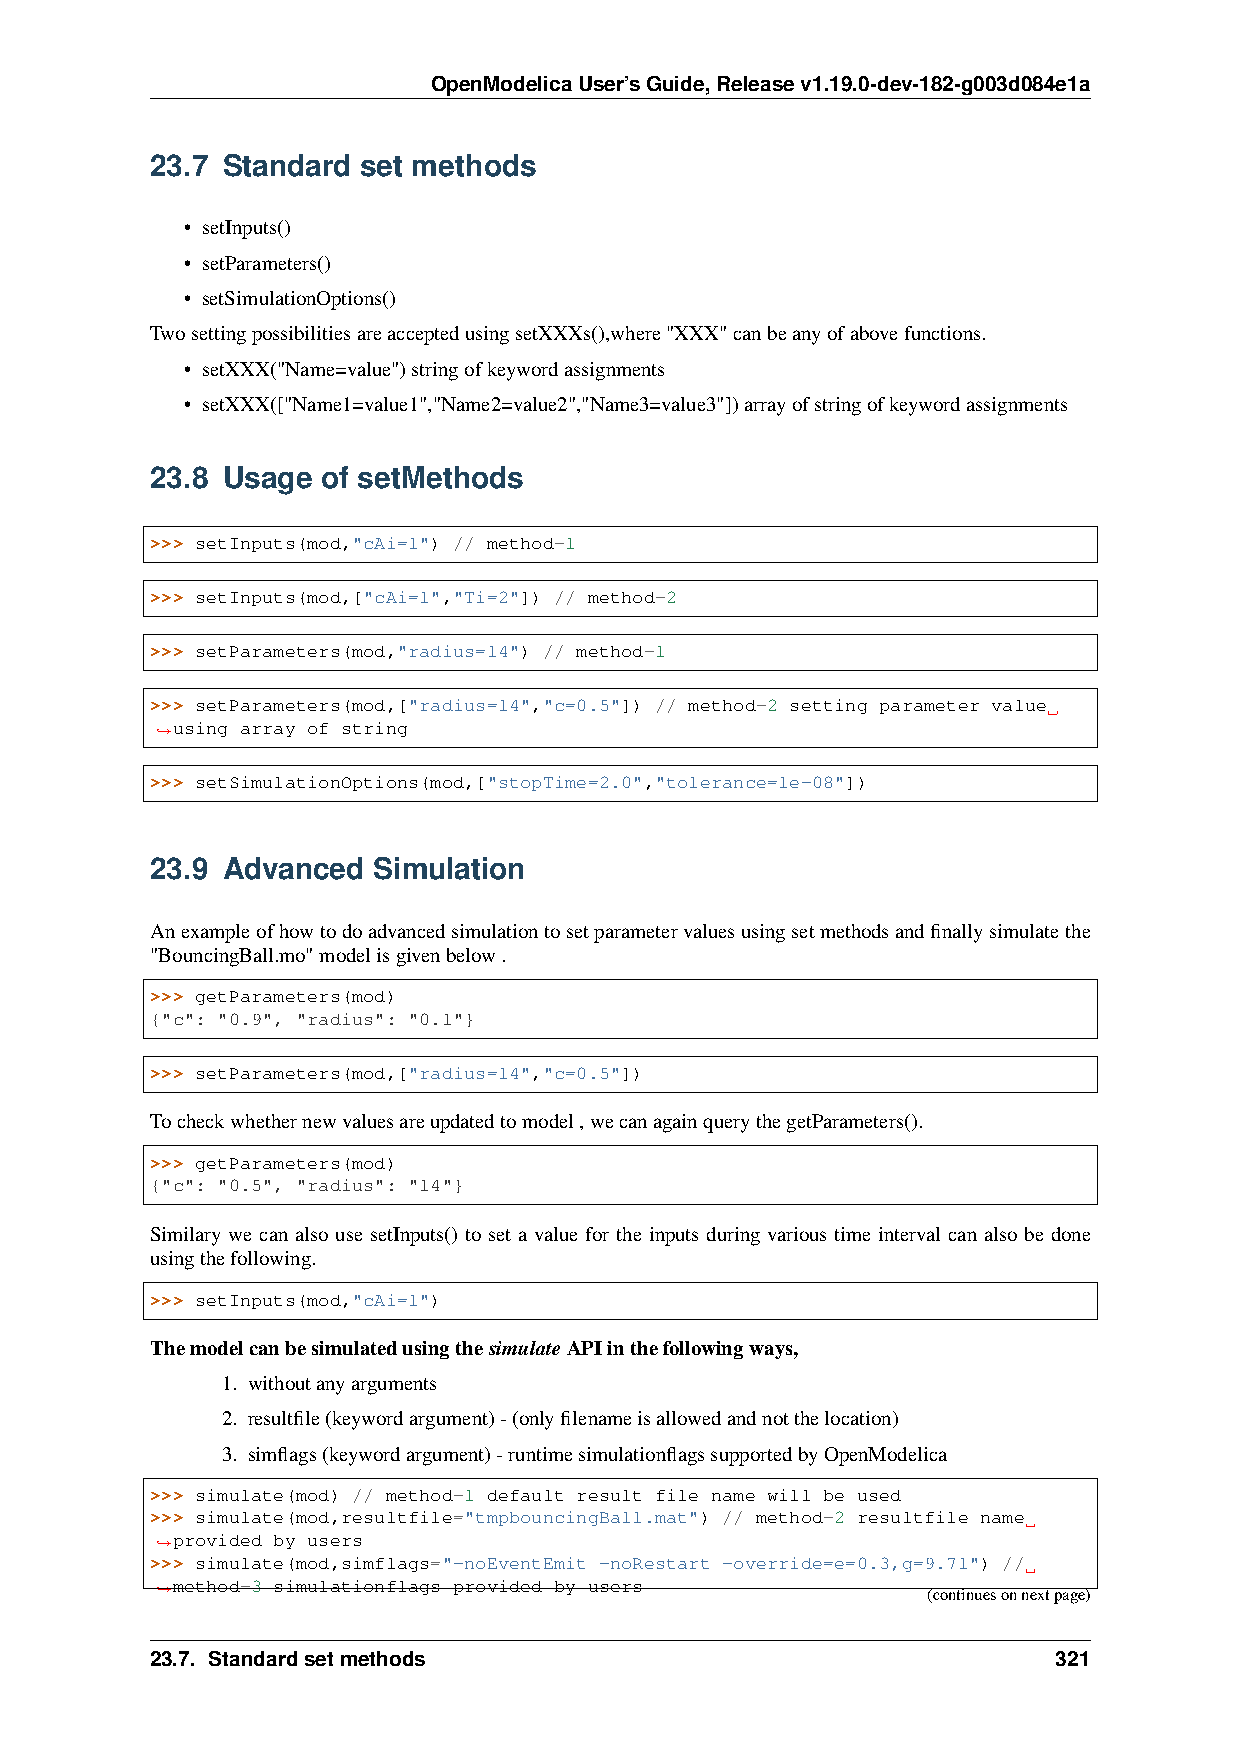
OpenModelicaUser’sGuide,Releasev1.19.0-dev-182-g003d084e1a
 23.7 Standard set methods
 • setInputs()
 • setParameters()
 • setSimulationOptions()
 TwosettingpossibilitiesareacceptedusingsetXXXs(),where"XXX"canbeanyofabovefunctions.
 • setXXX("Name=value")stringofkeywordassignments
 • setXXX(["Name1=value1","Name2=value2","Name3=value3"])arrayofstringofkeywordassignments
 23.8 Usage of setMethods
 >>> setInputs(mod,"cAi=1") // method-1
 >>> setInputs(mod,["cAi=1","Ti=2"]) // method-2
 >>> setParameters(mod,"radius=14") // method-1
 >>> setParameters(mod,["radius=14","c=0.5"]) // method-2 setting parameter value
 using array of string
 ˓→
 >>> setSimulationOptions(mod,["stopTime=2.0","tolerance=1e-08"])
 23.9 Advanced  Simulation
 Anexampleofhowtodoadvancedsimulationtosetparametervaluesusingsetmethodsandfinallysimulatethe
 "BouncingBall.mo"modelisgivenbelow.
 >>> getParameters(mod)
 {"c": "0.9", "radius": "0.1"}
 >>> setParameters(mod,["radius=14","c=0.5"])
 Tocheckwhethernewvaluesareupdatedtomodel,wecanagainquerythegetParameters().
 >>> getParameters(mod)
 {"c": "0.5", "radius": "14"}
 Similary we can also use setInputs() to set a value for the inputs during various time interval can also be done
 usingthefollowing.
 >>> setInputs(mod,"cAi=1")
 ThemodelcanbesimulatedusingthesimulateAPIinthefollowingways,
 1. withoutanyarguments
 2. resultfile(keywordargument)-(onlyfilenameisallowedandnotthelocation)
 3. simflags(keywordargument)-runtimesimulationflagssupportedbyOpenModelica
 >>> simulate(mod) // method-1 default result file name will be used
 >>> simulate(mod,resultfile="tmpbouncingBall.mat") // method-2 resultfile name
 provided by users
 ˓→
 >>> simulate(mod,simflags="-noEventEmit -noRestart -override=e=0.3,g=9.71") //
 method-3 simulationflags provided by users
 ˓→                                                 (continuesonnextpage)
 23.7. Standardsetmethods                                    321